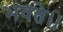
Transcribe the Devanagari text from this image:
भवते।।